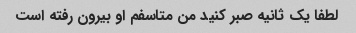
لطفا یک ثانیه صبر کنید من متاسفم او بیرون رفته است